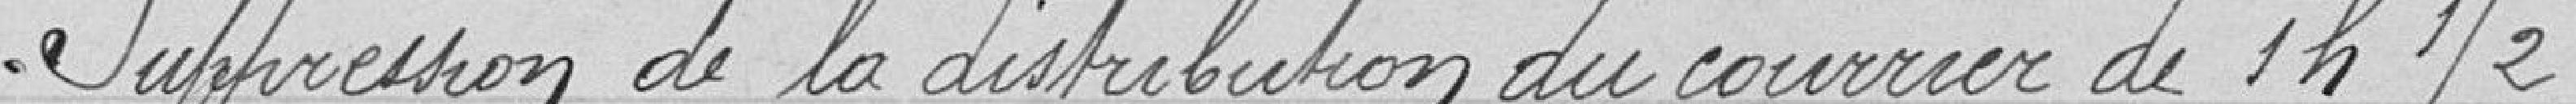
Suppression de la distribution du courrier de 1h1/2